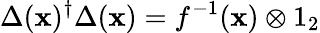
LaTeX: \Delta(\mathbf{x})^{\dagger}\Delta(\mathbf{x})=f^{-1}(\mathbf{x})\otimes1_{2}